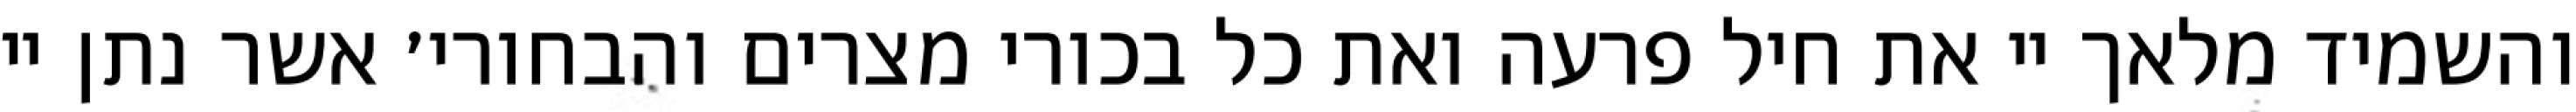
והשמיד מלאך יי את חיל פרעה ואת כל בכורי מצרים והבחורי׳ אשר נתן יי